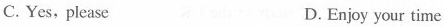
C. Yes, please D.Enjoy your time